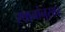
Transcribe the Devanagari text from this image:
स्थानांनुसार